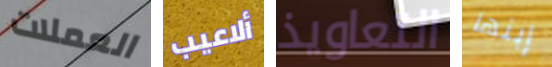
العملات ألاعيب التعاويذ إبنها